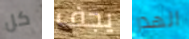
كل يجف الهدر